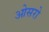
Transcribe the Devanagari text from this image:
ओसरो